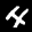
Label: 4